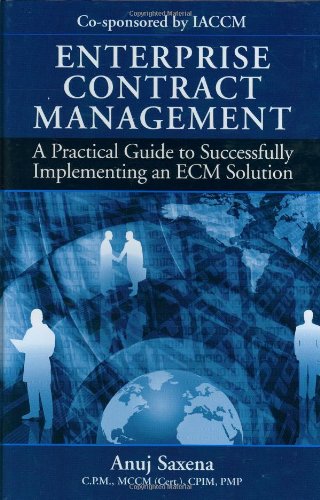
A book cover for Enterprise Contract Management: A Practical Guide to Successfully Implementing an ECM Solution; Anuj Saxena; Business & Money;